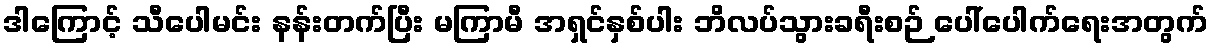
ဒါကြောင့် သီပေါမင်း နန်းတက်ပြီး မကြာမီ အရှင်နှစ်ပါး ဘိလပ်သွားခရီးစဉ် ပေါ်ပေါက်ရေးအတွက်